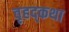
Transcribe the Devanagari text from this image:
वृहद्कथा